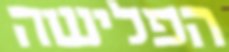
הפלישה